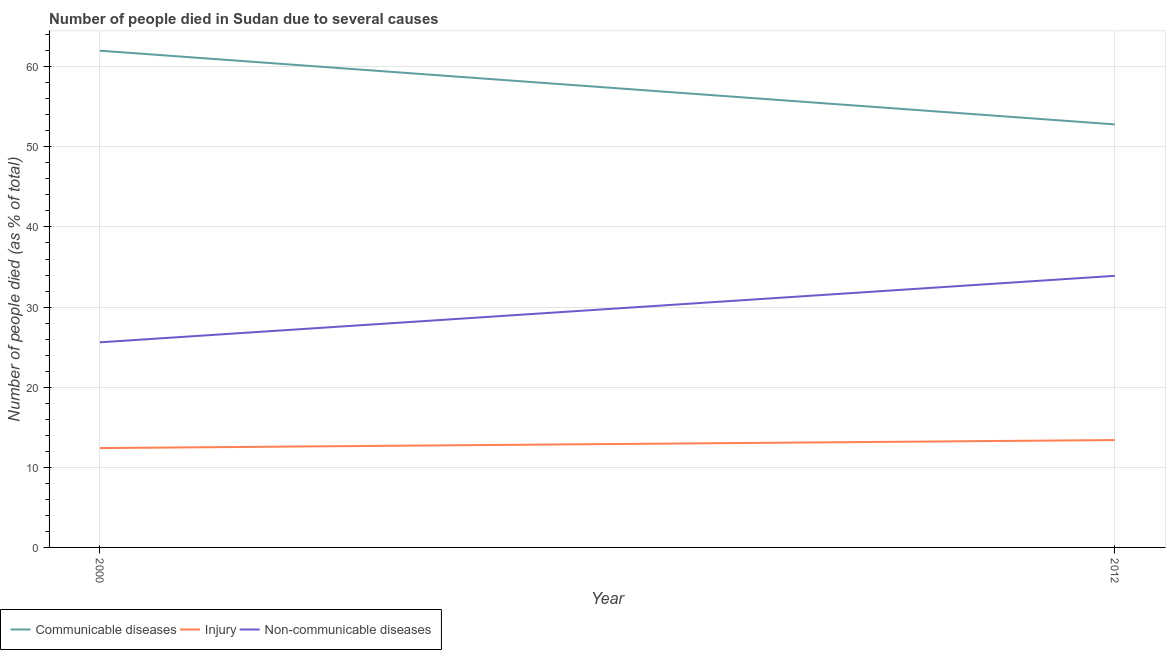
| Year | Communicable diseases | Injury | Non-communicable diseases |
 | --- | --- | --- | --- |
 | 2000 | 62 | 12.4 | 25.6 |
 | 2012 | 52.8 | 13.4 | 33.9 |